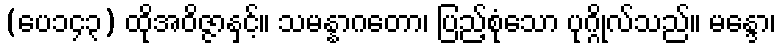
(ပေ၁၄၃) ထိုအဝိဇ္ဇာနှင့်။ သမန္နာဂတော၊ ပြည့်စုံသော ပုဂ္ဂိုလ်သည်။ မန္ဒော၊